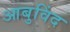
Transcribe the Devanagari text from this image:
आबुविंद